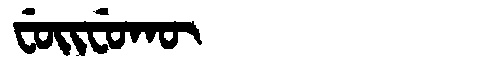
Manchu: ᠸᡠᡳᠸᡠᡴᡡ
Romanization: FUIFUKŪ